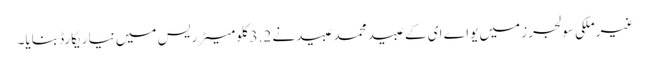
غیرملکی سولجرز میں یواے ای کے عبید محمد عبیدنے 3.2کلومیٹر ریس میں نیا ریکارڈ بنایا۔